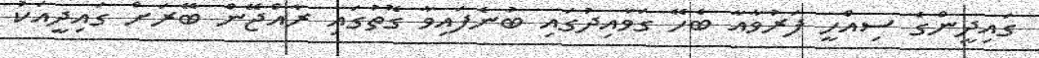
ގައިދީންގެ ސިއްހީ ފަރުވާއާ ބެހޭ ގަވާއިދުގައި ބުނެފައިވާ ގޮތުގައި ރާއްޖޭން ބޭރަށް ގައިދީއަކު